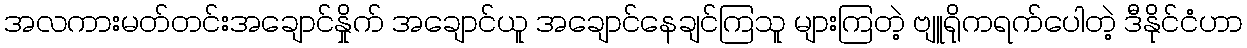
အလကားမတ်တင်းအချောင်နှိုက် အချောင်ယူ အချောင်နေချင်ကြသူ များကြတဲ့ ဗျူရိုကရက်ပေါတဲ့ ဒီနိုင်ငံဟာ